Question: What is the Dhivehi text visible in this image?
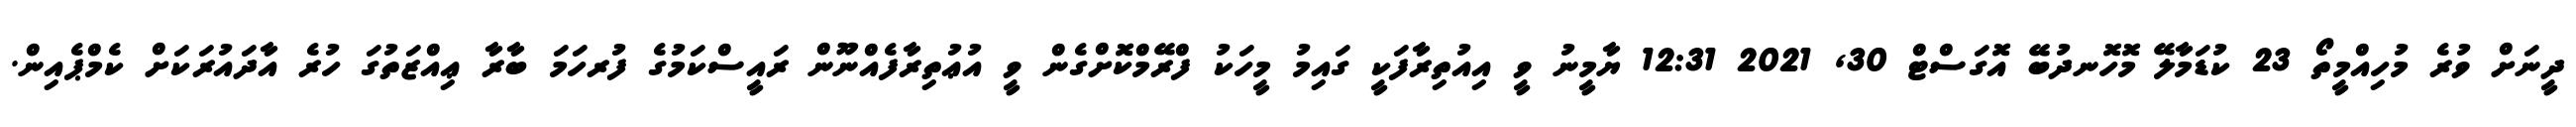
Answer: ދީނަށް ވުރެ މުހިއްމީތޯ 23 ކުޑަމާލޭ މޮހޮނދުބޭ އޮގަސްޓް 30, 2021 12:31 ޔާމީނު ވީ އިއުތިރާފަކީ ގައިމު މީހަކު ފްރޭމްކޮށްގެން ވީ އުޢުތިރާފެއްނޫން ރައީސްކަމުގެ ފުރހަމަ ބާރާ ޢިއްޒަތުގަ ހުރެ އާދައުރަކަށް ކެމްޕެއިން.